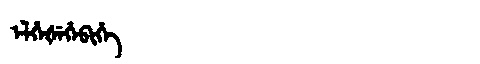
Manchu: ᡝᠯᡥᡝᡧᡝᡥᡝᠪᡳᡥᡝ
Romanization: ELHEŠEHEBIHE